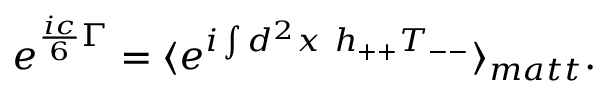
e ^ { \frac { i c } { 6 } \Gamma } = \langle e ^ { i \int d ^ { 2 } x ~ h _ { + + } T _ { -- } } \rangle _ { m a t t } .